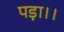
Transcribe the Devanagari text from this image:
पड़ा।।